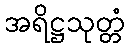
အရိဋ္ဌသုတ္တံ